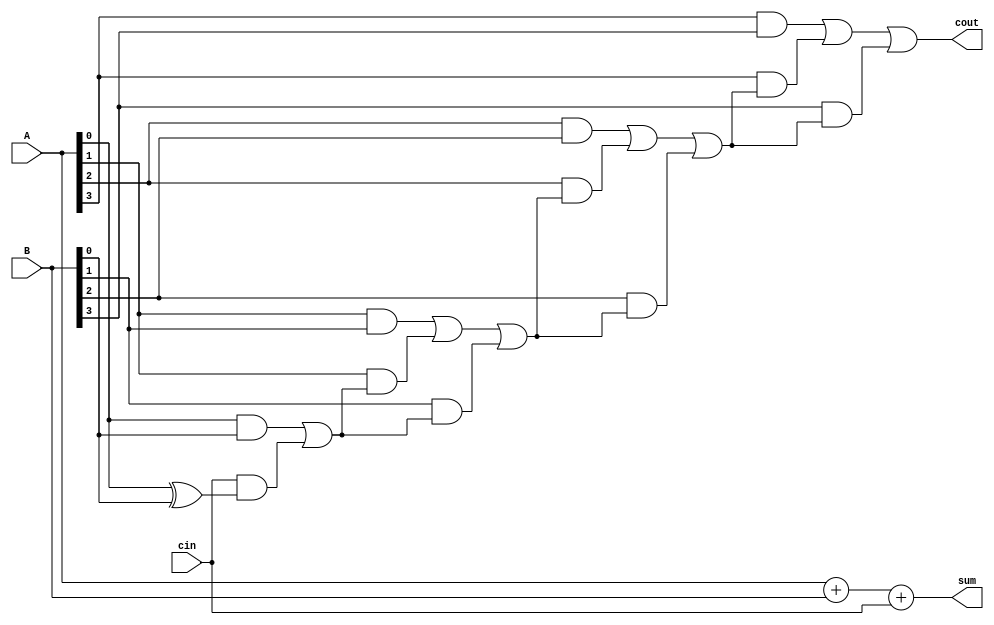
module carry_lookahead_adder(
  input [3:0] A,
  input [3:0] B,
  input cin,
  output [3:0] sum,
  output cout
);

wire c0, c1, c2, c3;

// Generate Carry signals
assign c0 = A[0] & B[0] | cin & (A[0] ^ B[0]);
assign c1 = A[1] & B[1] | A[1] & c0 | B[1] & c0;
assign c2 = A[2] & B[2] | A[2] & c1 | B[2] & c1;
assign c3 = A[3] & B[3] | A[3] & c2 | B[3] & c2;

// Generate Sum signals
assign sum = A + B + cin;

// Output carry
assign cout = c3;

endmodule